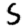
Digit: 5